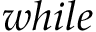
w h i l e